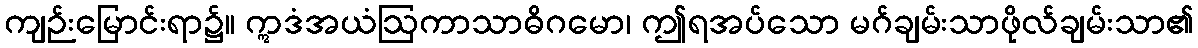
ကျဉ်းမြောင်းရာ၌။ ဣဒံအယံဩကာသာဓိဂမော၊ ဤရအပ်သော မဂ်ချမ်းသာဖိုလ်ချမ်းသာ၏